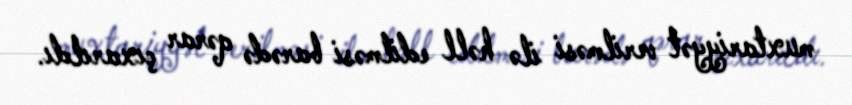
muxtariyyət verilməsi ilə həll edilməsi barədə qərar çıxarıldı.